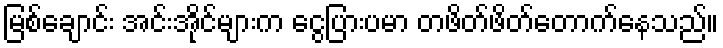
မြစ်ချောင်း အင်းအိုင်များက ငွေပြားပမာ တဖိတ်ဖိတ်တောက်နေသည်။